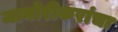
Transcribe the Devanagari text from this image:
जानोरीकरांचा